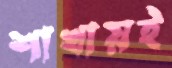
শাখায়ই